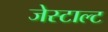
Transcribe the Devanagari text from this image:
जेस्टाल्ट